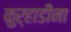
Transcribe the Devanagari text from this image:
कुऱ्हाडींना